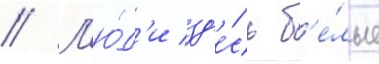
// Л'ю́д'и зд'е́сь б'е́лые